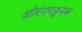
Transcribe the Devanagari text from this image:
श्रीरंगपट्टनम